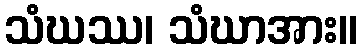
သံဃဿ၊ သံဃာအား။